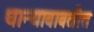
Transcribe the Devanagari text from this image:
धान्याबाबतीत